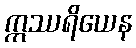
ဣဿရိယေန